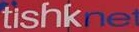
tishknet